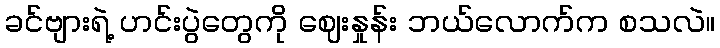
ခင်ဗျားရဲ့ ဟင်းပွဲတွေကို ဈေးနှုန်း ဘယ်လောက်က စသလဲ။